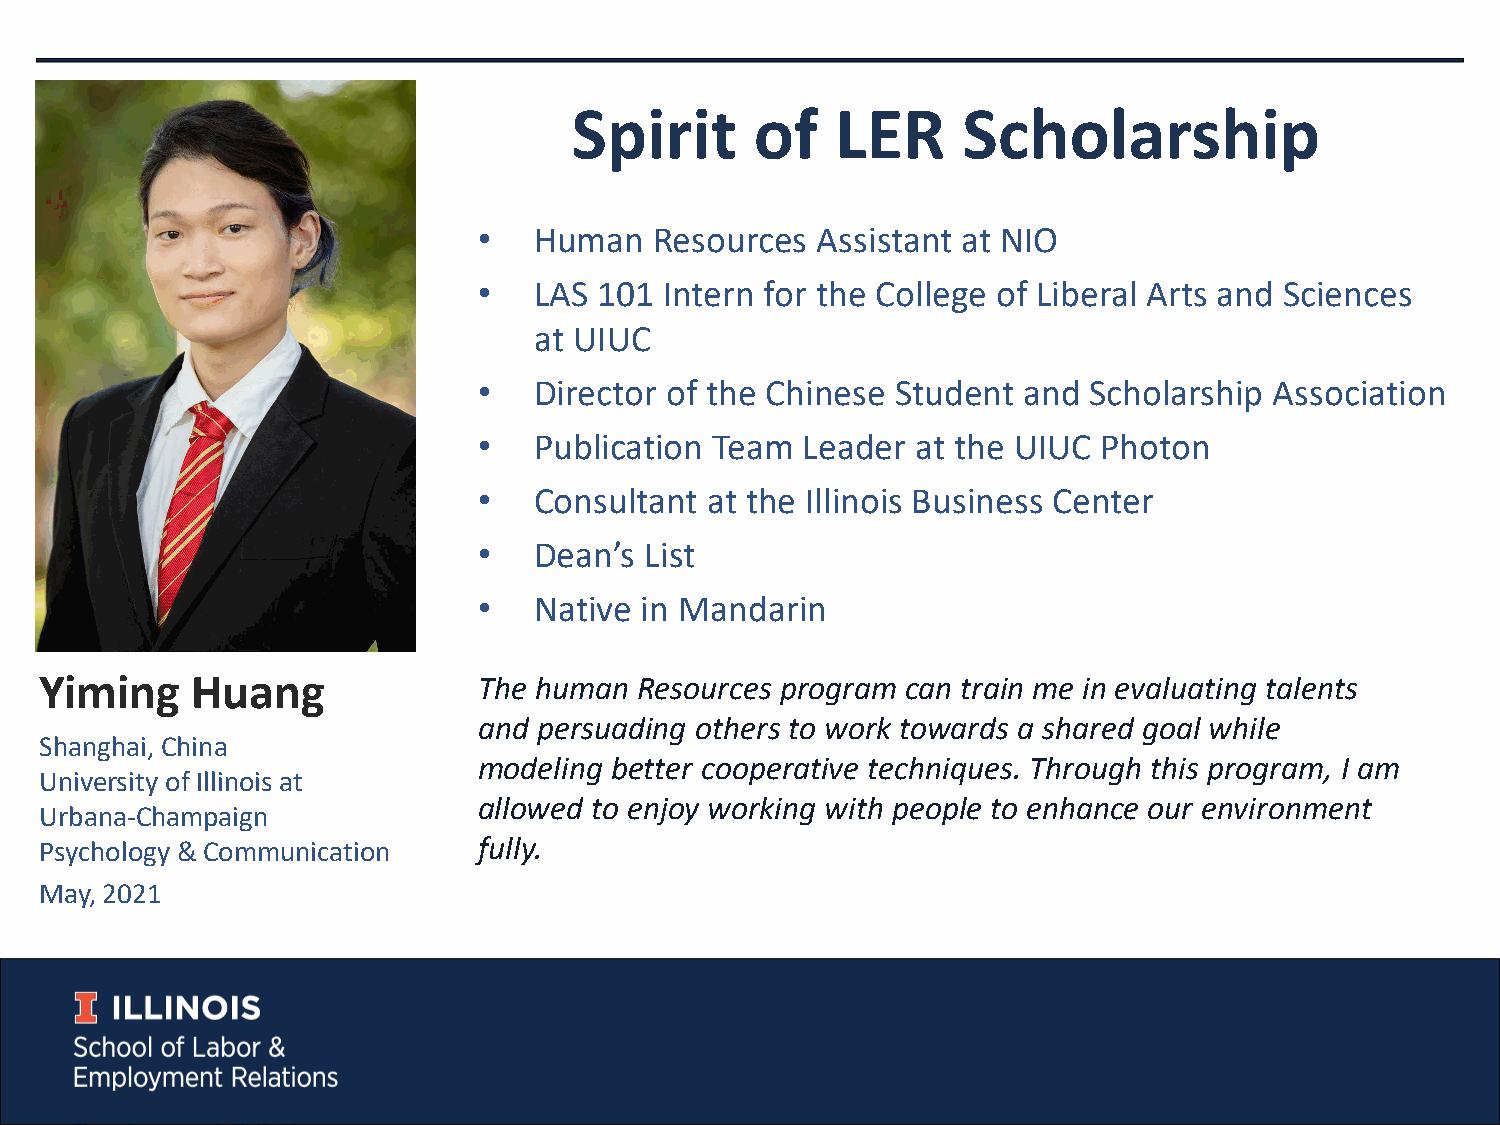
Spirit      of   LER      Scholarship
 •  Human   Resources  Assistant at NIO
 •  LAS  101 Intern for the College of Liberal Arts and Sciences
 at UIUC
 •  Director of the Chinese Student  and Scholarship Association
 •  Publication Team  Leader  at the UIUC Photon
 •  Consultant  at the Illinois Business Center
 •  Dean’s  List
 •  Native in Mandarin
 Yiming    Huang              The human Resources program can train me in evaluating talents
 and persuading others to work towards a shared goal while
 Shanghai, China
 modeling better cooperative techniques. Through this program, I am
 University of Illinois at
 allowed to enjoy working with people to enhance our environment
 Urbana-Champaign
 fully.
 Psychology & Communication
 May, 2021